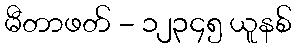
မီတာဖတ် - ၁၂၃၄၅ ယူနစ်